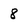
Character: 8